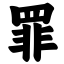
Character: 罪